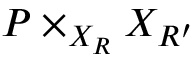
P \times _ { X _ { R } } X _ { R ^ { \prime } }